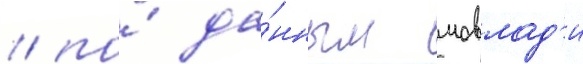
/ по́ да́нным мовлад'и